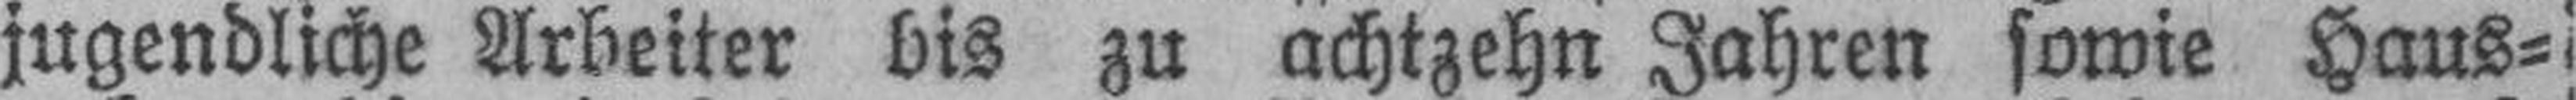
jugendliche Arbeiter bis zu achtzehn Jahren sowie Haus¬